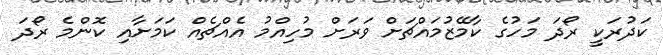
ކަދުރަކީ ރޯދަ މަހުގެ ކާމޭޒުމައްޗަށް ވަރަށް މުހިއްމު އެއްޗެއް ކަމަށާއި ކޮންމެ ރޯދަ